Report on sanitation, dispensaries, and jails in Rajputana for 1915, and on vaccination for the year 1915-1916 - 1915-1916
Year: 1915
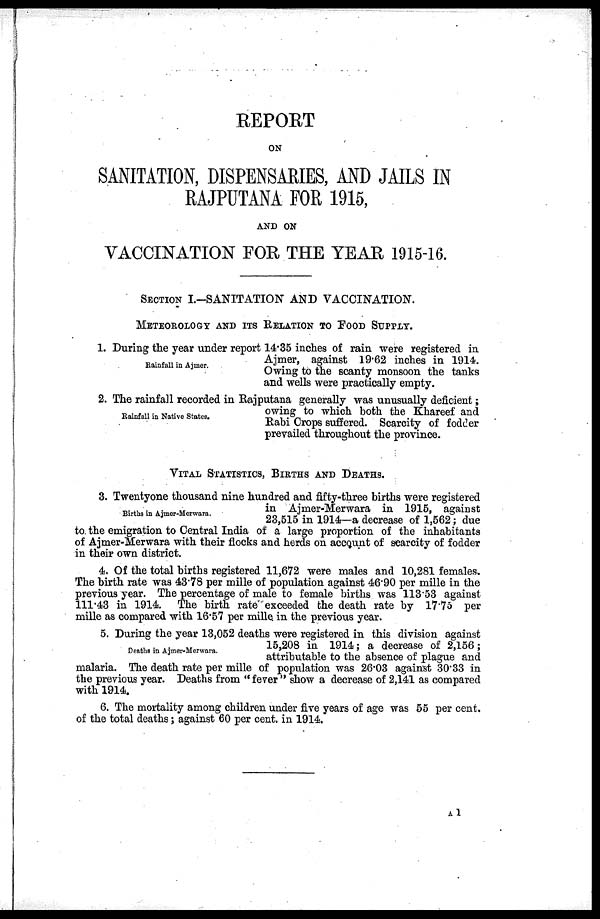
REPORT
ON
SANITATION, DISPENSARIES, AND JAILS IN
RAJPUTANA FOR 1915,
AND ON
VACCINATION FOR THE YEAR 1915-16.
SECTION I.-SANITATION AND VACCINATION.
METEOROLOGY AND ITS RELATION TO FOOD SUPPLY.
Rainfall in Ajmer.
1. During the year under report 14.35 inches of rain were registered in
Ajmer, against 19.62 inches in 1914.
Owing to the scanty monsoon the tanks
and wells were practically empty.
Rainfall in Native States.
2. The rainfall recorded in Rajputana generally was unusually deficient;
owing to which both the Khareef and
Rabi Crops suffered. Scarcity of fodder
prevailed throughout the province.
VITAL STATISTICS, BIRTHS AND DEATHS.
Births in Ajmer-Merwara.
3. Twentyone thousand nine hundred and fifty-three births were registered
in Ajmer-Merwara in 1915, against
23,515 in 1914—a decrease of 1,562; due
to the emigration to Central India of a large proportion of the inhabitants
of Ajmer-Merwara with their flocks and herds on account of scarcity of fodder
in their own district.
4. Of the total births registered 11,672 were males and 10,281 females.
The birth rate was 43.78 per mille of population against 46.90 per mille in the
previous year. The percentage of male to female births was 113.53 against
111.43 in 1914. The birth rate exceeded the death rate by 17.75 per
mille as compared with 16.57 per mille in the previous year.
Deaths in Ajmer-Merwara.
5. During the year 13,052 deaths were registered in this division against
15,208 in 1914; a decrease of 2,156;
attributable to the absence of plague and
malaria. The death rate per mille of population was 26.03 against 30.33 in
the previous year. Deaths from " fever " show a decrease of 2,141 as compared
with 1914.
6. The mortality among children under five years of age was 55 per cent.
of the total deaths; against 60 per cent. in 1914.
A1